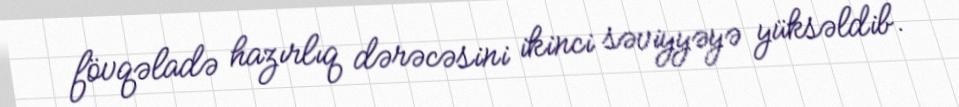
fövqəladə hazırlıq dərəcəsini ikinci səviyyəyə yüksəldib.